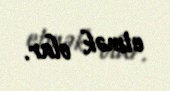
etmək olar.